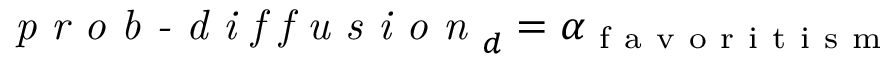
\textit { p r o b - d i f f u s i o n } _ { d } = \alpha _ { \mathrm { ~ f ~ a ~ v ~ o ~ r ~ i ~ t ~ i ~ s ~ m ~ } }